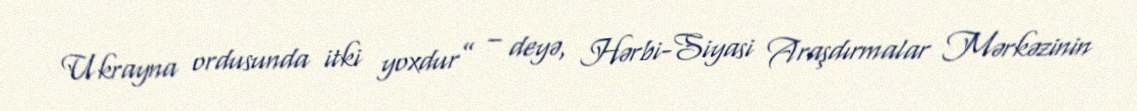
Ukrayna ordusunda itki yoxdur” – deyə, Hərbi-Siyasi Araşdırmalar Mərkəzinin